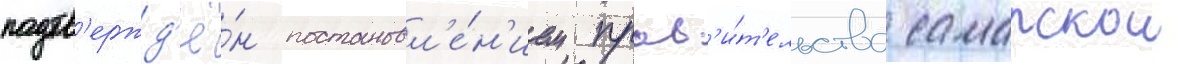
подтв'ержд'ё́н постановл'е́н'ием прав'и́т'ельства самарскои